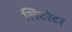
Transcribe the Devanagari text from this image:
लिटरेटर